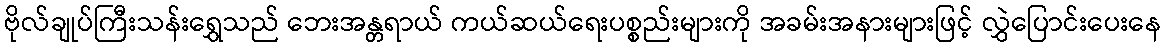
ဗိုလ်ချုပ်ကြီးသန်းရွှေသည် ဘေးအန္တရာယ် ကယ်ဆယ်ရေးပစ္စည်းများကို အခမ်းအနားများဖြင့် လွှဲပြောင်းပေးနေ